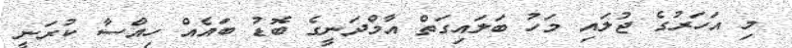
މި އަހަރުގެ ޖުލައި މަހު ބަލައިގަތް އާމްދަނީގެ ބޮޑު ބައެއް ހިއްސާ ކުރަނީ